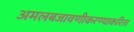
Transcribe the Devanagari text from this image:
अमलबजावणीकरण्याकरिता